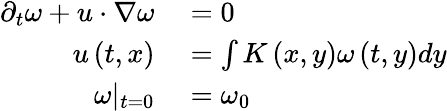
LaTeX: \begin{array}{rl}{\partial_{t}\omega+u\cdot\nabla\omega}&{{}=0}\\ {u\left(t,x\right)}&{{}=\int K\left(x,y\right)\omega\left(t,y\right)dy}\\ {\omega|_{t=0}}&{{}=\omega_{0}}\end{array}